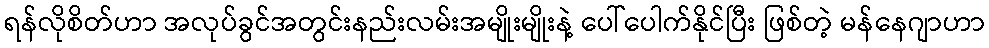
ရန်လိုစိတ်ဟာ အလုပ်ခွင်အတွင်းနည်းလမ်းအမျိုးမျိုးနဲ့ ပေါ်ပေါက်နိုင်ပြီး ဖြစ်တဲ့ မန်နေဂျာဟာ